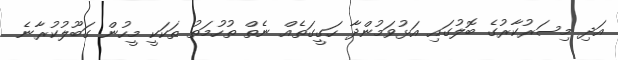
އަދި މިސަރުކާރުގެ ބޮލުގައި އަޅުވަމުންދާ ހަގީގަތެއް ނެތް ތުހުމަތު ތަކަކީ މީހުން ގަބޫލުކުރާނެ